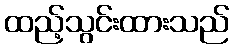
ထည့်သွင်းထားသည်